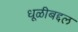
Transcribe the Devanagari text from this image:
धूळीबद्दल